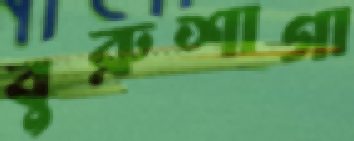
বুরুশাগা